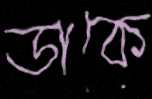
ডাকে